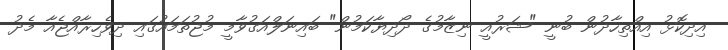
އިދިކޮޅު އިއްތިހާދުން ބުނީ "ޝަރުއީ ނިޒާމުގެ ދޯދިޔާކަމުން" ބައިނަލްއަގުވާމީ މުޖުތަމައުގައި ދިވެހިރާއްޖެއާ މެދު